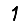
Digit: 1